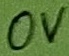
Text: 0V